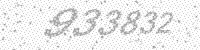
Solution: 933832